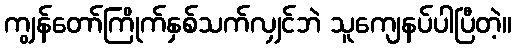
ကျွန်တော်ကြိုက်နှစ်သက်လျှင်ဘဲ သူကျေနပ်ပါပြီတဲ့။